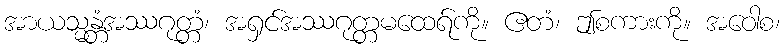
အာယသ္မန္တံအဿဂုတ္တံ၊ အရှင်အဿဂုတ္တမထေရ်ကို။ ဧတံ၊ ဤစကားကို။ အဝေါစ၊